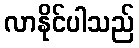
လာနိုင်ပါသည်